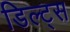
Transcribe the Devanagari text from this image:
डिल्ट्स